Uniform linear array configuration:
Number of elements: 16
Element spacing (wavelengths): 1
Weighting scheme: exponential
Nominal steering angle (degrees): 60
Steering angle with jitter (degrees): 61.202
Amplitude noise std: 0.05
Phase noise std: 0.05

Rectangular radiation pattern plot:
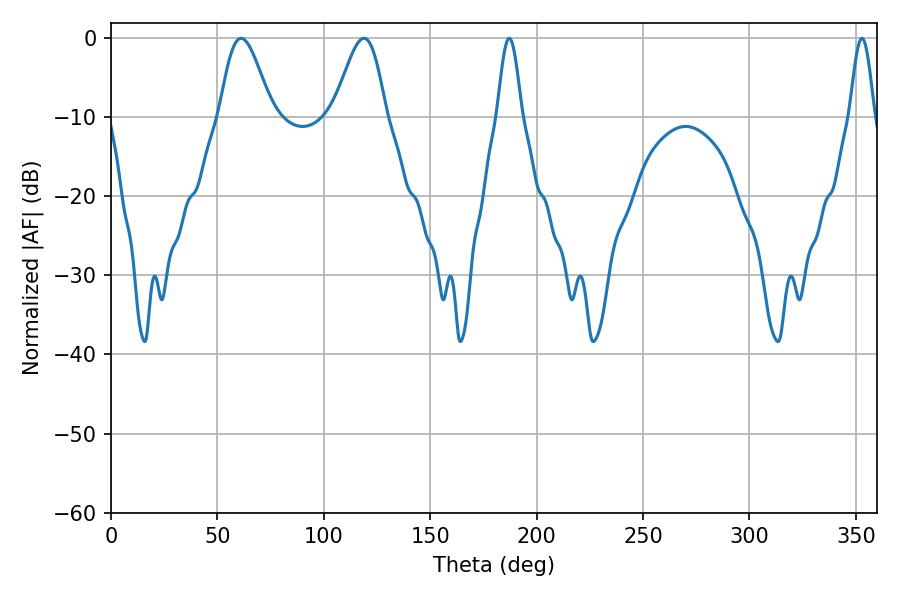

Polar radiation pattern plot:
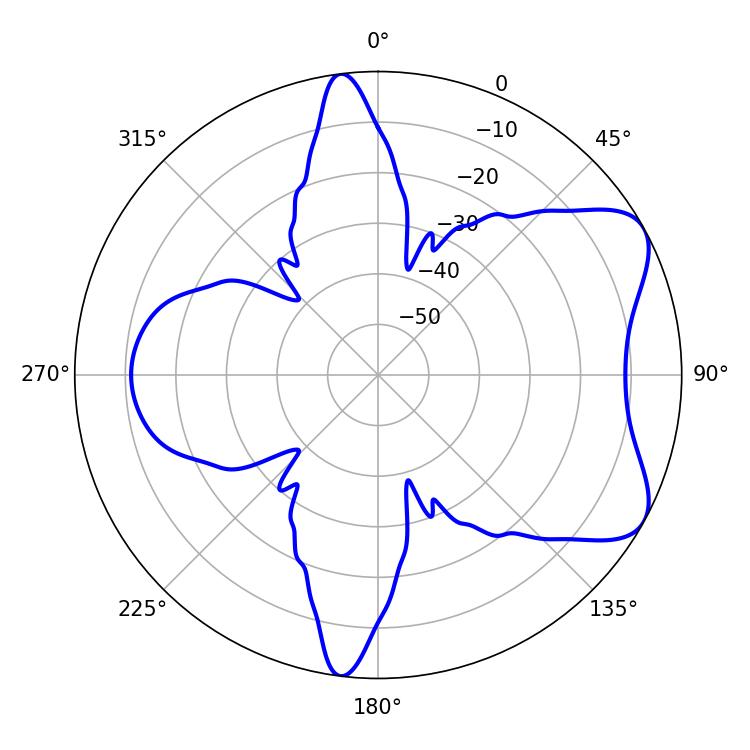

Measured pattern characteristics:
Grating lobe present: TRUE
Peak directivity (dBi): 6.76
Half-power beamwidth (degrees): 12.96
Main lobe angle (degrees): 61.2